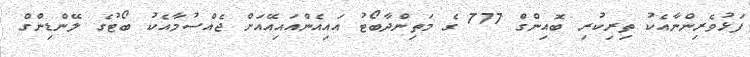
ފަޅުވެރިންނާއެކު ތިރިކުރި ބޮއިންގް 777 ގެ މަތިންދާބޯޓު އައިއެންއައިއޭއަށް ޖެއްސުމާއެކު ބޯޓުގެ ލޭންޑިންގް